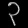
Digit: ၃